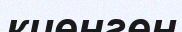
киенген